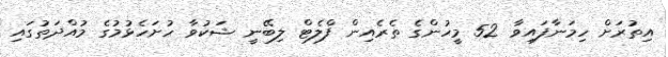
އިތުރަށް ހިމަނާފައިވާ 52 މީހުންގެ ތެރެއިން ފްލެޓް ލިބޭނީ ޝަކުވާ ހުށަހެޅުމުގެ މުއްދަތުގައި